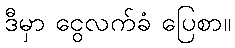
ဒီမှာ ငွေလက်ခံ ပြေစာ။